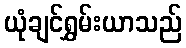
ယုံချင်ရွှမ်းယာသည်